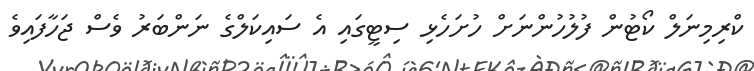
ކްރިމިނަލް ކޯޓުން ފުލުހުންނަށް ހުށަހެޅި ސިޓީގައި އެ ސައިކަލްގެ ނަންބަރު ވެސް ޖަހާފައިވެ